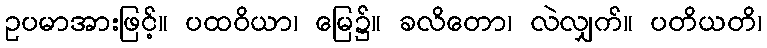
ဥပမာအားဖြင့်။ ပထဝိယာ၊ မြေ၌။ ခလိတော၊ လဲလျှက်။ ပတိယတိ၊